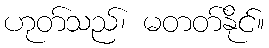
ဟုတ်သည်၊ မတတ်နိုင်။